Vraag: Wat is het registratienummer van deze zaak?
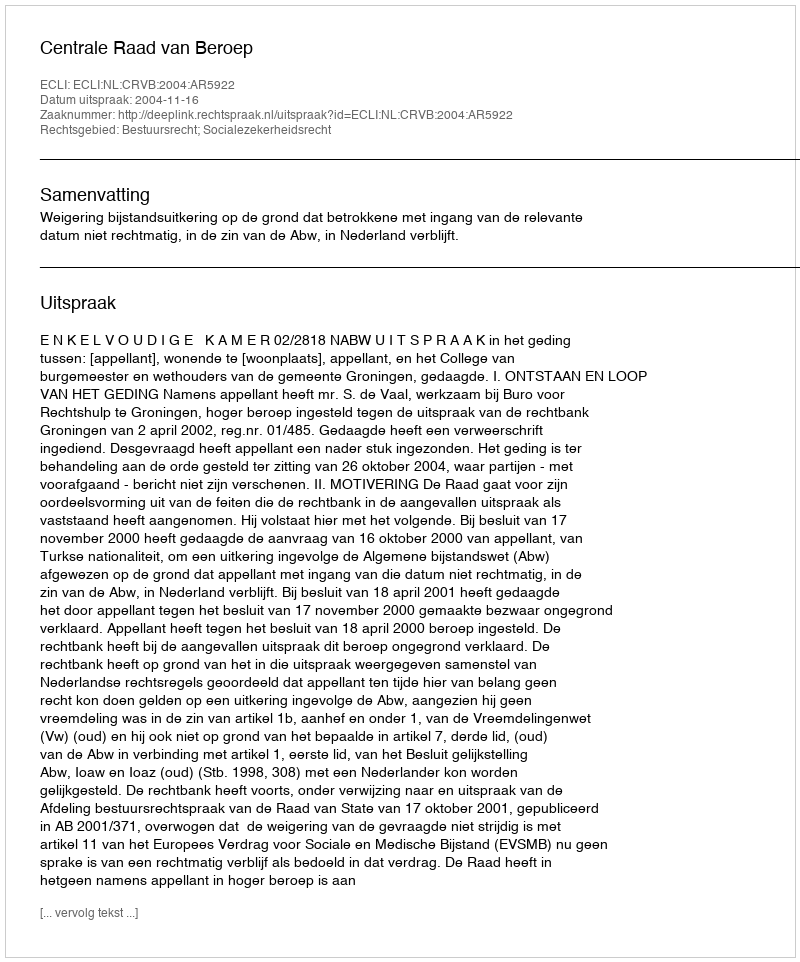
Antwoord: http://deeplink.rechtspraak.nl/uitspraak?id=ECLI:NL:CRVB:2004:AR5922